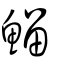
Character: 鰡